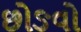
છોઙવો